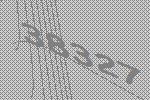
38327